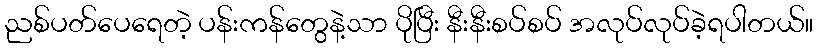
ညစ်ပတ်ပေရေတဲ့ ပန်းကန်တွေနဲ့သာ ပိုပြီး နီးနီးစပ်စပ် အလုပ်လုပ်ခဲ့ရပါတယ်။